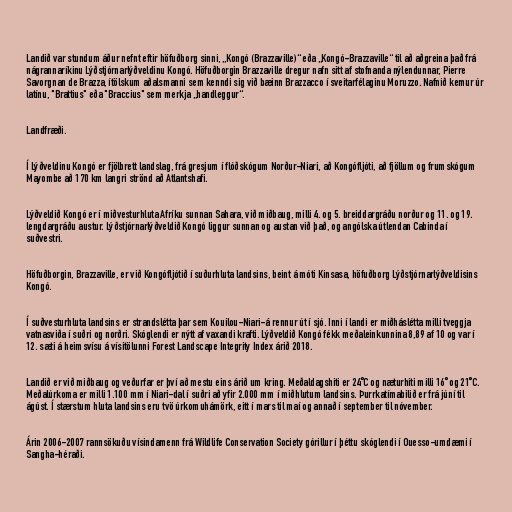
Landið var stundum áður nefnt eftir höfuðborg sinni, „Kongó (Brazzaville)“ eða „Kongó-Brazzaville“ til að aðgreina það frá
nágrannaríkinu Lýðstjórnarlýðveldinu Kongó. Höfuðborgin Brazzaville dregur nafn sitt af stofnanda nýlendunnar, Pierre
Savorgnan de Brazza, ítölskum aðalsmanni sem kenndi sig við bæinn Brazzacco í sveitarfélaginu Moruzzo. Nafnið kemur úr
latínu, "Brattius" eða "Braccius" sem merkja „handleggur“.

Landfræði.

Í Lýðveldinu Kongó er fjölbrett landslag, frá gresjum í flóðskógum Norður-Niari, að Kongófljóti, að fjöllum og frumskógum
Mayombe að 170 km langri strönd að Atlantshafi.

Lýðveldið Kongó er í miðvesturhluta Afríku sunnan Sahara, við miðbaug, milli 4. og 5. breiddargráðu norður og 11. og 19.
lengdargráðu austur. Lýðstjórnarlýðveldið Kongó liggur sunnan og austan við það, og angólska útlendan Cabinda í
suðvestri.

Höfuðborgin, Brazzaville, er við Kongófljótið í suðurhluta landsins, beint á móti Kinsasa, höfuðborg Lýðstjórnarlýðveldisins
Kongó.

Í suðvesturhluta landsins er strandslétta þar sem Kouilou-Niari-á rennur út í sjó. Inni í landi er miðháslétta milli tveggja
vatnasviða í suðri og norðri. Skóglendi er nýtt af vaxandi krafti. Lýðveldið Kongó fékk meðaleinkunnina 8,89 af 10 og var í
12. sæti á heimsvísu á vísitölunni Forest Landscape Integrity Index árið 2018.

Landið er við miðbaug og veðurfar er því að mestu eins árið um kring. Meðaldagshiti er 24˚C og næturhiti milli 16˚ og 21˚C.
Meðalúrkoma er milli 1.100 mm í Niari-dal í suðri að yfir 2.000 mm í miðhlutum landsins. Þurrkatímabilið er frá júní til
ágúst. Í stærstum hluta landsins eru tvö úrkomuhámörk, eitt í mars til maí og annað í september til nóvember.

Árin 2006-2007 rannsökuðu vísindamenn frá Wildlife Conservation Society górillur í þéttu skóglendi í Ouesso-umdæmi í
Sangha-héraði.